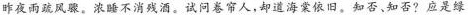
昨夜雨疏风骤。浓睡不消残酒。试问卷帘人，却道海棠依旧。知否、知否?应是绿